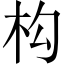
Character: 构